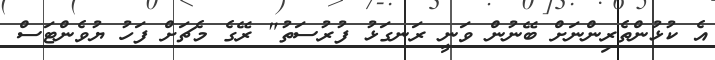
އެ ކުޅުންތެރިންނަށް ބޭނުން ވަނީ ރަނގަޅު ފުރުސަތު" ރޭގެ މެޗަށް ފަހު ޔުވެންޓަސް